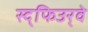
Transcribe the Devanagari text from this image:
स्द्फिउर्‍वे